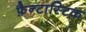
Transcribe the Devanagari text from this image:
फ़ैन्टास्टिक